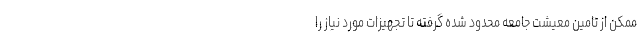
ممکن از تامین معیشت جامعه محدود شده گرفته تا تجهیزات مورد نیاز را